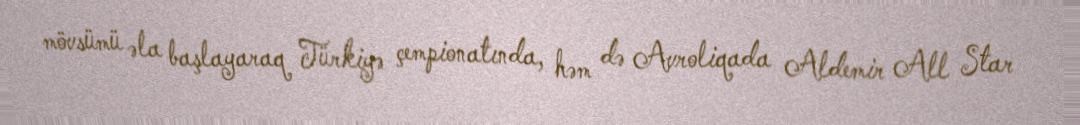
mövsümü əla başlayaraq Türkiyə çempionatında, həm də Avroliqada Aldemir All Star